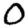
Digit: 0